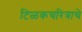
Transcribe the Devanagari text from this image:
टिळकचरित्राचे